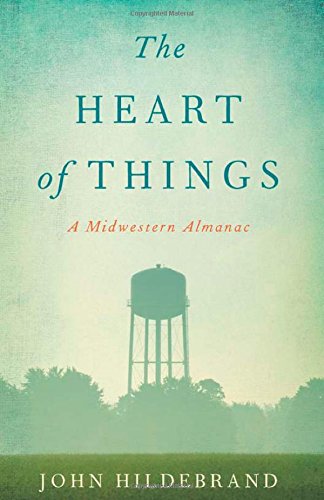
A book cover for The Heart of Things: A Midwestern Almanac; John Hildebrand; Humor & Entertainment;